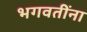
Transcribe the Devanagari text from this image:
भगवतींना